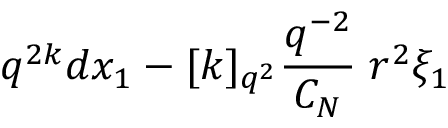
q ^ { 2 k } d x _ { 1 } - [ k ] _ { q ^ { 2 } } \frac { q ^ { - 2 } } { C _ { N } } \; r ^ { 2 } \xi _ { 1 }